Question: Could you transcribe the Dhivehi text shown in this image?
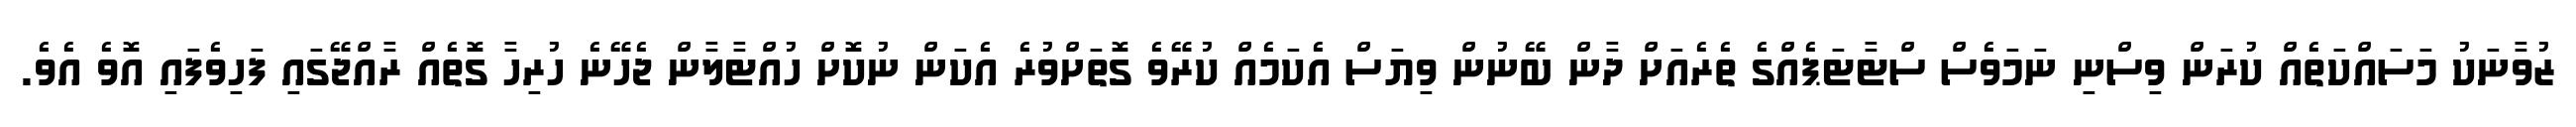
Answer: ޒުވާނަކު މަސައްކަތެއް ކުރަން ވިސްނި ނަމަވެސް ސްޓާޓަޕެއްގެ ތެރެއަށް ދާން ބޭނުން ވިޔަސް އެކަމެއް ކުރޭވެ ގޮތަށްވުރެ އެކަން ނުކޮށް ހުއްޓާލާން ޖެހޭނެ ހުރިހާ ގޮތެއް ރާއްޖޭގައި ފަހިވެފައި އޮވެ އެވެ.